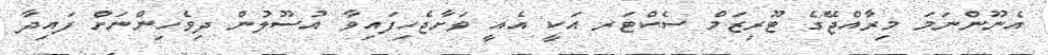
އެނޫންނަމަ މިރާއްޖޭގެ ޓޫރިޒަމް ސެކްޓަރ އަކީ އެއީ ވަށާޖެހިފައިވާ އުުސޫލުން ދިވެހިންނަށް ފައިދާ